Vital statistics of India. Vol. VI, European troops 1870-79
Year: 1870
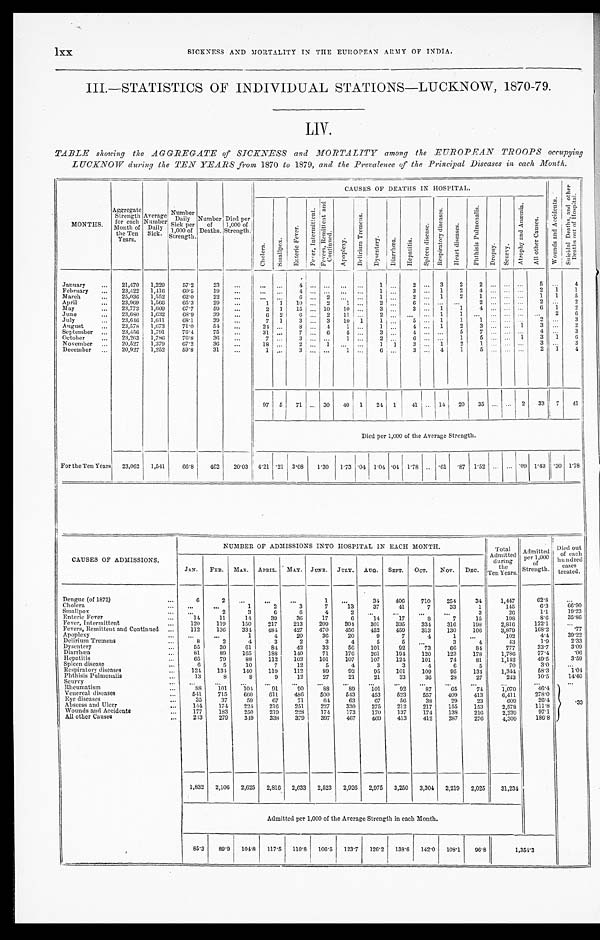
lxx
SICKNESS AND MORTALITY IN THE EUROPEAN ARMY OF INDIA.
III.—STATISTICS OF INDIVIDUAL STATIONS—LUCKNOW, 1870-79.
LIV.
TABLE showing the AGGREGATE of SICKNESS and MORTALITY among the EUROPEAN TROOPS occupying
LUCKNOW during the TEN YEARS from 1870 to 1879, and the Prevalence of the Principal Diseases in each Month.
MONTHS.
Aggregate
Strength
for each
Month of
the Ten
Years.
Average
Number
Daily
Sick.
Number
Daily
Sick per
1,000
o f
Strength.
Number
o
f
Deaths.
Died per
1,000 of
Strength.
CAUSES OF DEATHS IN HOSPITAL.
W o u n d s a n d A c c i d e n t s . S u i c i d a l D e a t h s , a n d o t h e r
D e a t h s o u t o f H o s p i t a l .
C h o l e r a .
S m a l l p o x .
E n t e r i c F e v e r .
F e v e r , I n t e r m i t t e n t .
F e v e r s , R e m i t t e n t a n d
C o n t i n u e d .
A p o p l e x y .
D e l i r i u m T r e m e n s .
D y s e n t e r y .
D i a r r h œ a . H e p a t i t i s .
S p l e e n d i s e a s e . R e s p i r a t o r y d i s e a s e s .
H e a r t d i s e a s e s .
P h t h i s i s P u l m o n a l i s .
D r o p s y .
S c u r v y .
A t r o p h y a n d A n æ m i a .
A l l o t h e r C a u s e s .
January
. . .
21,470 1,229
57.2
23
...
... ...
4
. . . . . .
. . . . . .
1
. . .
2 ... 3
2
2
. . . . . . . . .
5
. . .
4
February
. . .
23,422 1,416
6 0 . 5 19
...
... ...
4 . . . . . .
. . . . . .
1 ...
3 ... 1
2
4 . . . . . . ...
2 1
1
M a r c h
. . .
25,036 1,552
62.0
22
. . .
. . .
. . .
6 ... 2 ... ...
1 ...
2 ... 1
2
1 ... . . . . . .
1 1
5
April
...
23,969 1,566
6 5 . 3 29
...
1 1
10 ... 2
1 ... 2
. . . 6
. . . . . . . . .
2
. . . . . . . . .
2 ...
2
May
...
23,773 1,609
67.7
59
...
2 1 15 ... 10 10 ... 3
. . .
3 ... 1
1 4
. . . . . . . . .
6 1
2
June
. . .
23,680 1,632
68.9
39
...
6 2
6 . . .
2 11 ... 2
. . . . . .
. . .
1
1 ... . . .
... ... . . .
2 6
July
. . .
23,646
1,611
68.1
3 9
...
7 1
3 . . .
3 10 1
1 ...
5 ... 1
1
1 ... . . . . . .
2 . . .
3
August
...
23,578 1,673
71.0
54
...
24 ...
8 ... 4
1 . . .
1 . . .
4 ... 1
2
3 . . . . . .
1
3 . . .
2
September . . .
23,456 1,791
76.4
75
...
31 ...
7 ... 6
5 . . .
3 ... 4
. . . . . .
5 7
. . . . . . . . .
4 . . .
3
October
. . .
23,263 1,786
76.8
36
...
7
. . .
3 . . . . . .
1 ...
2 . . . 6
. . . . . .
1
5 ... . . . 1
3 1
6
November ...
20,527 1,379
67.2
36
...
18 ...
2 . . . 1
... ...
1 1 3
. . . 1
2
1 . . . . . . . . .
3 . . .
3
December
. . .
20,927 1,252
59.8
31
...
1 ...
3 . . . . . .
1 ...
6 ...
3
. . . 4
1
5 ... ...
. . .
2 1
4
97 5 71 ... 30 40 1 24 1
41 ... 14 20 35 ... ... 2 33 7 41
Died per 1,000 of the Average Strength.
For the Ten Years 23,062 1,541
66.8
462 20.03 4.21 .21 3.08 1.30 1.73 .04 1.04 .04 1.78 . . . .61 .87 1.52 . . . . . . .09 1.43 .30 1.78
NUMBER OF ADMISSIONS INTO HOSPITAL IN EACH MONTH.
Total
Admitted
during
the
Ten Years.
Admitted
p e r 1 , 0 0 0 of
S t r e n g t h .
Died out
o f e a c h
hundred
cases
treated.
CAUSES OF ADMISSIONS.
JAN. FEB. MAR. APRIL. MAY. JUNE.
JULY. AUG. SEPT. OCT. NOV.
DEC.
Dengue (of 1872)
...
6
2
. . .
...
...
1
. . .
34
406
710
254
34
1,447
62. 8
. . .
Cholera
...
...
...
1
2
3
7
13
37
41
7
33
1
145
6.3
66.90
Smallpox
. . . . . .
2
3
6
6
4
2 . . .
...
...
...
3
26
1.1
19.23
Enteric Fever
. . .
14
11
14
39
36
17
6
14
17
8 7
15
198
8.6
35.86
Fever, Intermittent
...
120
119
150
217
213
209
304
301
335
334
316
198
2,816
122.1
...
Fevers, Remittent and Continued ...
112
136
334
484
427
470
456
452
459
313
130
106
3,879
168.2
.77
Apoplexy
... ...
...
1
4
20
36
20
9
7
4
1 ...
102
4. 4
39.22
Delirium Tremens
. . .
8
2
4
3
2
3
4
5
5
. . .
3
4
43
1.9
2.33
Dysentery
...
55
30
61
84
42
33
56
101
92
73
66
84
777
33.7
3.09
Diarrhœa
...
81
89
165
188
140
71
176
261
194
120
123
178
1,786
77.4
.06
Hepatitis
...
65
79
88
112
103
101
107
107
124
101
74
81
1,142
49.5
3.59
Spleen disease
...
6
5
10
7
12
5
4
3
3
4
6
5
70
3.0
...
Respiratory diseases
. . .
124
134
140
119
112
89
92
95
101
109
95
134
1,344
58.3
1.04
Phthisis Pulmonalis
...
13
8
8
9
12
27
21
21
33
36
28
27
243
10.5
14. 40
Scurvy
... ...
...
...
. . .
...
. . .
...
. . .
...
...
...
. . .
. . . . . .
...
Rheumatism
. . .
88
101
104
91
90
88
89 101
92
87
65
74
1,070
46.4
.33
Venereal diseases
...
541
715
660
611
4 8 6
500
543
453
523
557
409
413
6,411
278.0
Eye diseases
...
35
37
59
67
71
64
63
67
56
38
29
23
609
26. 4
Abscess and Ulcer
...
1 4 4
174
224
216
251
227
330
275
212
217
155
153
2,578
111.8
Wounds and Accidents
. . .
177
183
250
219
228
174
173
170
137
174
138
216
2,239
97.1
All other Cause
s
. . .
213
279
349
338
379
397
467
469
413
412
287
276
4,309
186.8
1,832 2,106 2,625 2,816 2,633 2,523 2,926 2,975 3,250 3,304 2,219 2,025
31,234
Admitted per 1,000 of the Average Strength in each Month.
85.3
89.9 104.8 117.5 110.8 106.5 123.7 126.2 138.6 142.0 108.1
96.8
1,354.3